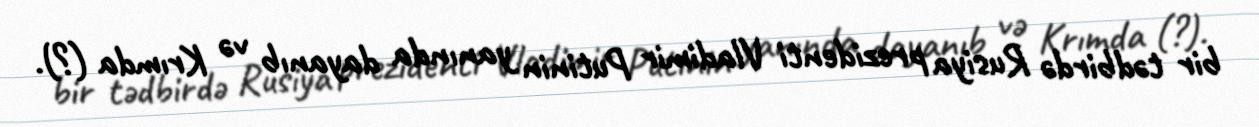
bir tədbirdə Rusiya prezidenti Vladimir Putinin yanında dayanıb və Krımda (?).